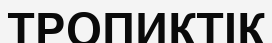
ТРОПИКТІК